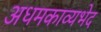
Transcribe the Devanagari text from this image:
अधमकाव्यभेद